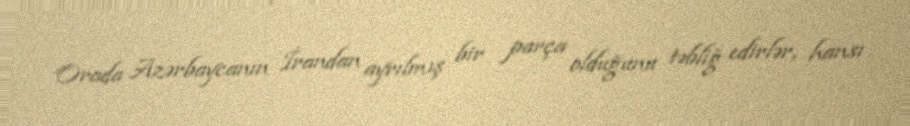
Orada Azərbaycanın İrandan ayrılmış bir parça olduğunu təbliğ edirlər, hansı